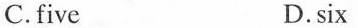
C.five D.six